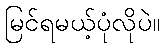
မြင်ရမယ့်ပုံလိုပဲ။